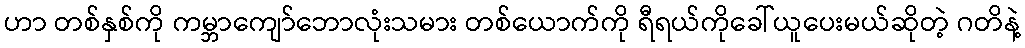
ဟာ တစ်နှစ်ကို ကမ္ဘာကျော်ဘောလုံးသမား တစ်ယောက်ကို ရီရယ်ကိုခေါ်ယူပေးမယ်ဆိုတဲ့ ဂတိနဲ့